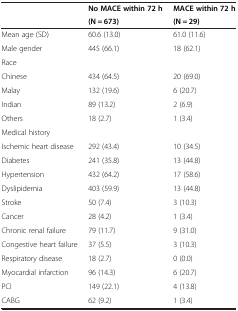
<table><thead><tr><td><b> </b></td><td><b>No MACE within 72 h</b></td><td><b>MACE within 72 h</b></td></tr><tr><td><b> </b></td><td><b>(N = 673)</b></td><td><b>(N = 29)</b></td></tr></thead><tbody><tr><td>Mean age (SD)</td><td>60.6 (13.0)</td><td>61.0 (11.6)</td></tr><tr><td>Male gender</td><td>445 (66.1)</td><td>18 (62.1)</td></tr><tr><td>Race</td><td> </td><td> </td></tr><tr><td>Chinese</td><td>434 (64.5)</td><td>20 (69.0)</td></tr><tr><td>Malay</td><td>132 (19.6)</td><td>6 (20.7)</td></tr><tr><td>Indian</td><td>89 (13.2)</td><td>2 (6.9)</td></tr><tr><td>Others</td><td>18 (2.7)</td><td>1 (3.4)</td></tr><tr><td>Medical history</td><td> </td><td> </td></tr><tr><td>Ischemic heart disease</td><td>292 (43.4)</td><td>10 (34.5)</td></tr><tr><td>Diabetes</td><td>241 (35.8)</td><td>13 (44.8)</td></tr><tr><td>Hypertension</td><td>432 (64.2)</td><td>17 (58.6)</td></tr><tr><td>Dyslipidemia</td><td>403 (59.9)</td><td>13 (44.8)</td></tr><tr><td>Stroke</td><td>50 (7.4)</td><td>3 (10.3)</td></tr><tr><td>Cancer</td><td>28 (4.2)</td><td>1 (3.4)</td></tr><tr><td>Chronic renal failure</td><td>79 (11.7)</td><td>9 (31.0)</td></tr><tr><td>Congestive heart failure</td><td>37 (5.5)</td><td>3 (10.3)</td></tr><tr><td>Respiratory disease</td><td>18 (2.7)</td><td>0 (0.0)</td></tr><tr><td>Myocardial infarction</td><td>96 (14.3)</td><td>6 (20.7)</td></tr><tr><td>PCI</td><td>149 (22.1)</td><td>4 (13.8)</td></tr><tr><td>CABG</td><td>62 (9.2)</td><td>1 (3.4)</td></tr></tbody></table>